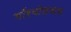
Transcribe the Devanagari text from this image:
गॉरबोडकफ़